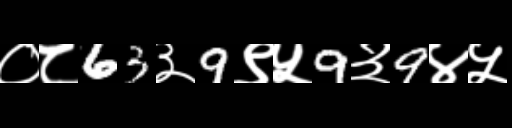
Text: ०८63३9९५9३9४५